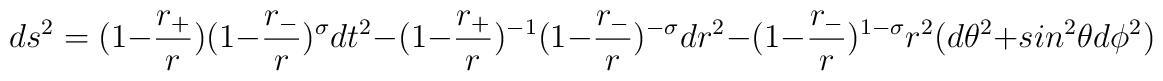
ds^{2} = (1 - \frac{r_+}{r })(1 - \frac{r_-}{r })^\sigma dt^2         - (1 - \frac{r_+}{r })^{-1}(1 - \frac{r_-}{r })^{-\sigma} dr^2         -  (1 - \frac{r_-}{r })^{1-\sigma} r^2 (d \theta^2 + sin^2 \theta d \phi^2)